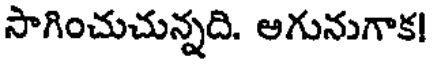
సాగించుచున్నది. అగునుగాక!